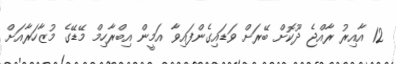
12 އާއިރު ރާއްޖެ ދޫކޮށް ބޭރަށް ވަޑައިގެންފައިވާ އަމީން އިބްރާހިމް މޭޑޭގެ މުޒާހަރާއަށް